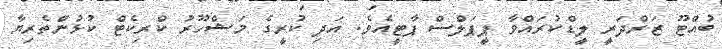
ބުއްޓޫ ޒަރްދަރީ ލީޑްކުރައްވާ ޕީޕަލްސް ޕާޓީއެވެ. އަދި ކުރީގެ މަޝްހޫރު ކްރިކެޓް ކުޅުންތެރިޔާ